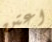
اعتن